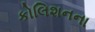
કોલિશનના